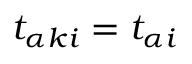
t _ { \alpha k i } = t _ { \alpha i }